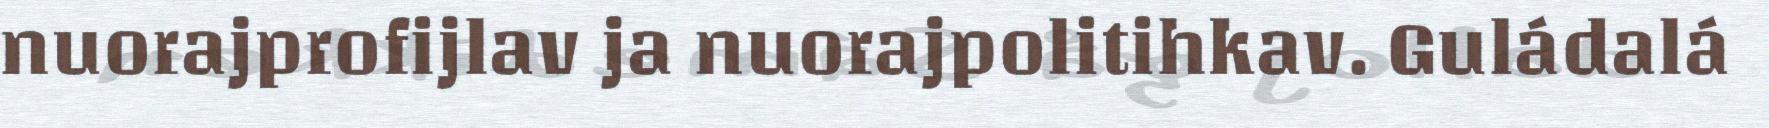
nuorajprofijlav ja nuorajpolitihkav. Guládalá